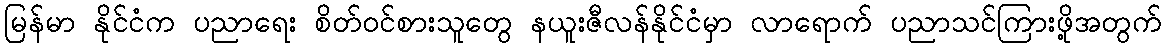
မြန်မာ နိုင်ငံက ပညာရေး စိတ်ဝင်စားသူတွေ နယူးဇီလန်နိုင်ငံမှာ လာရောက် ပညာသင်ကြားဖို့အတွက်